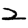
Digit: 2